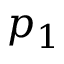
p _ { 1 }